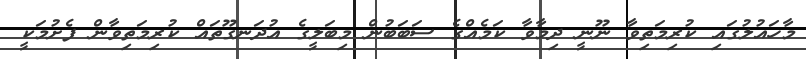
މާހައުލުގައި ކުރިމަތިވާ ނޫނީ ދިމާވާ ކަމެއްގެ ސަބަބުން މިބަލީގެ އުދަނގޫތައް ކުރިމަތިވާން ފެށުމަކީ